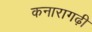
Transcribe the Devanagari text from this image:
कनारागढ़ी